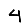
Digit: 4